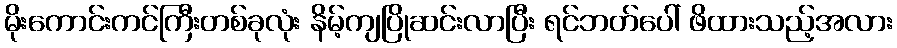
မိုးကောင်းကင်ကြီးတစ်ခုလုံး နိမ့်ကျပြိုဆင်းလာပြီး ရင်ဘတ်ပေါ် ဖိထားသည့်အလား